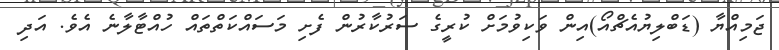
ޖަމިއްޔާ (ޑަބްލިޔުއެޗްއޯޯ)އިން ވަކިވުމަށް ކުރީގެ ސަރުކާރުން ފެށި މަސައްކަތްތައް ހުއްޓާލާނެ އެވެ. އަދި